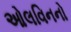
ઓલવિનનો